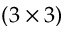
( 3 \times 3 )